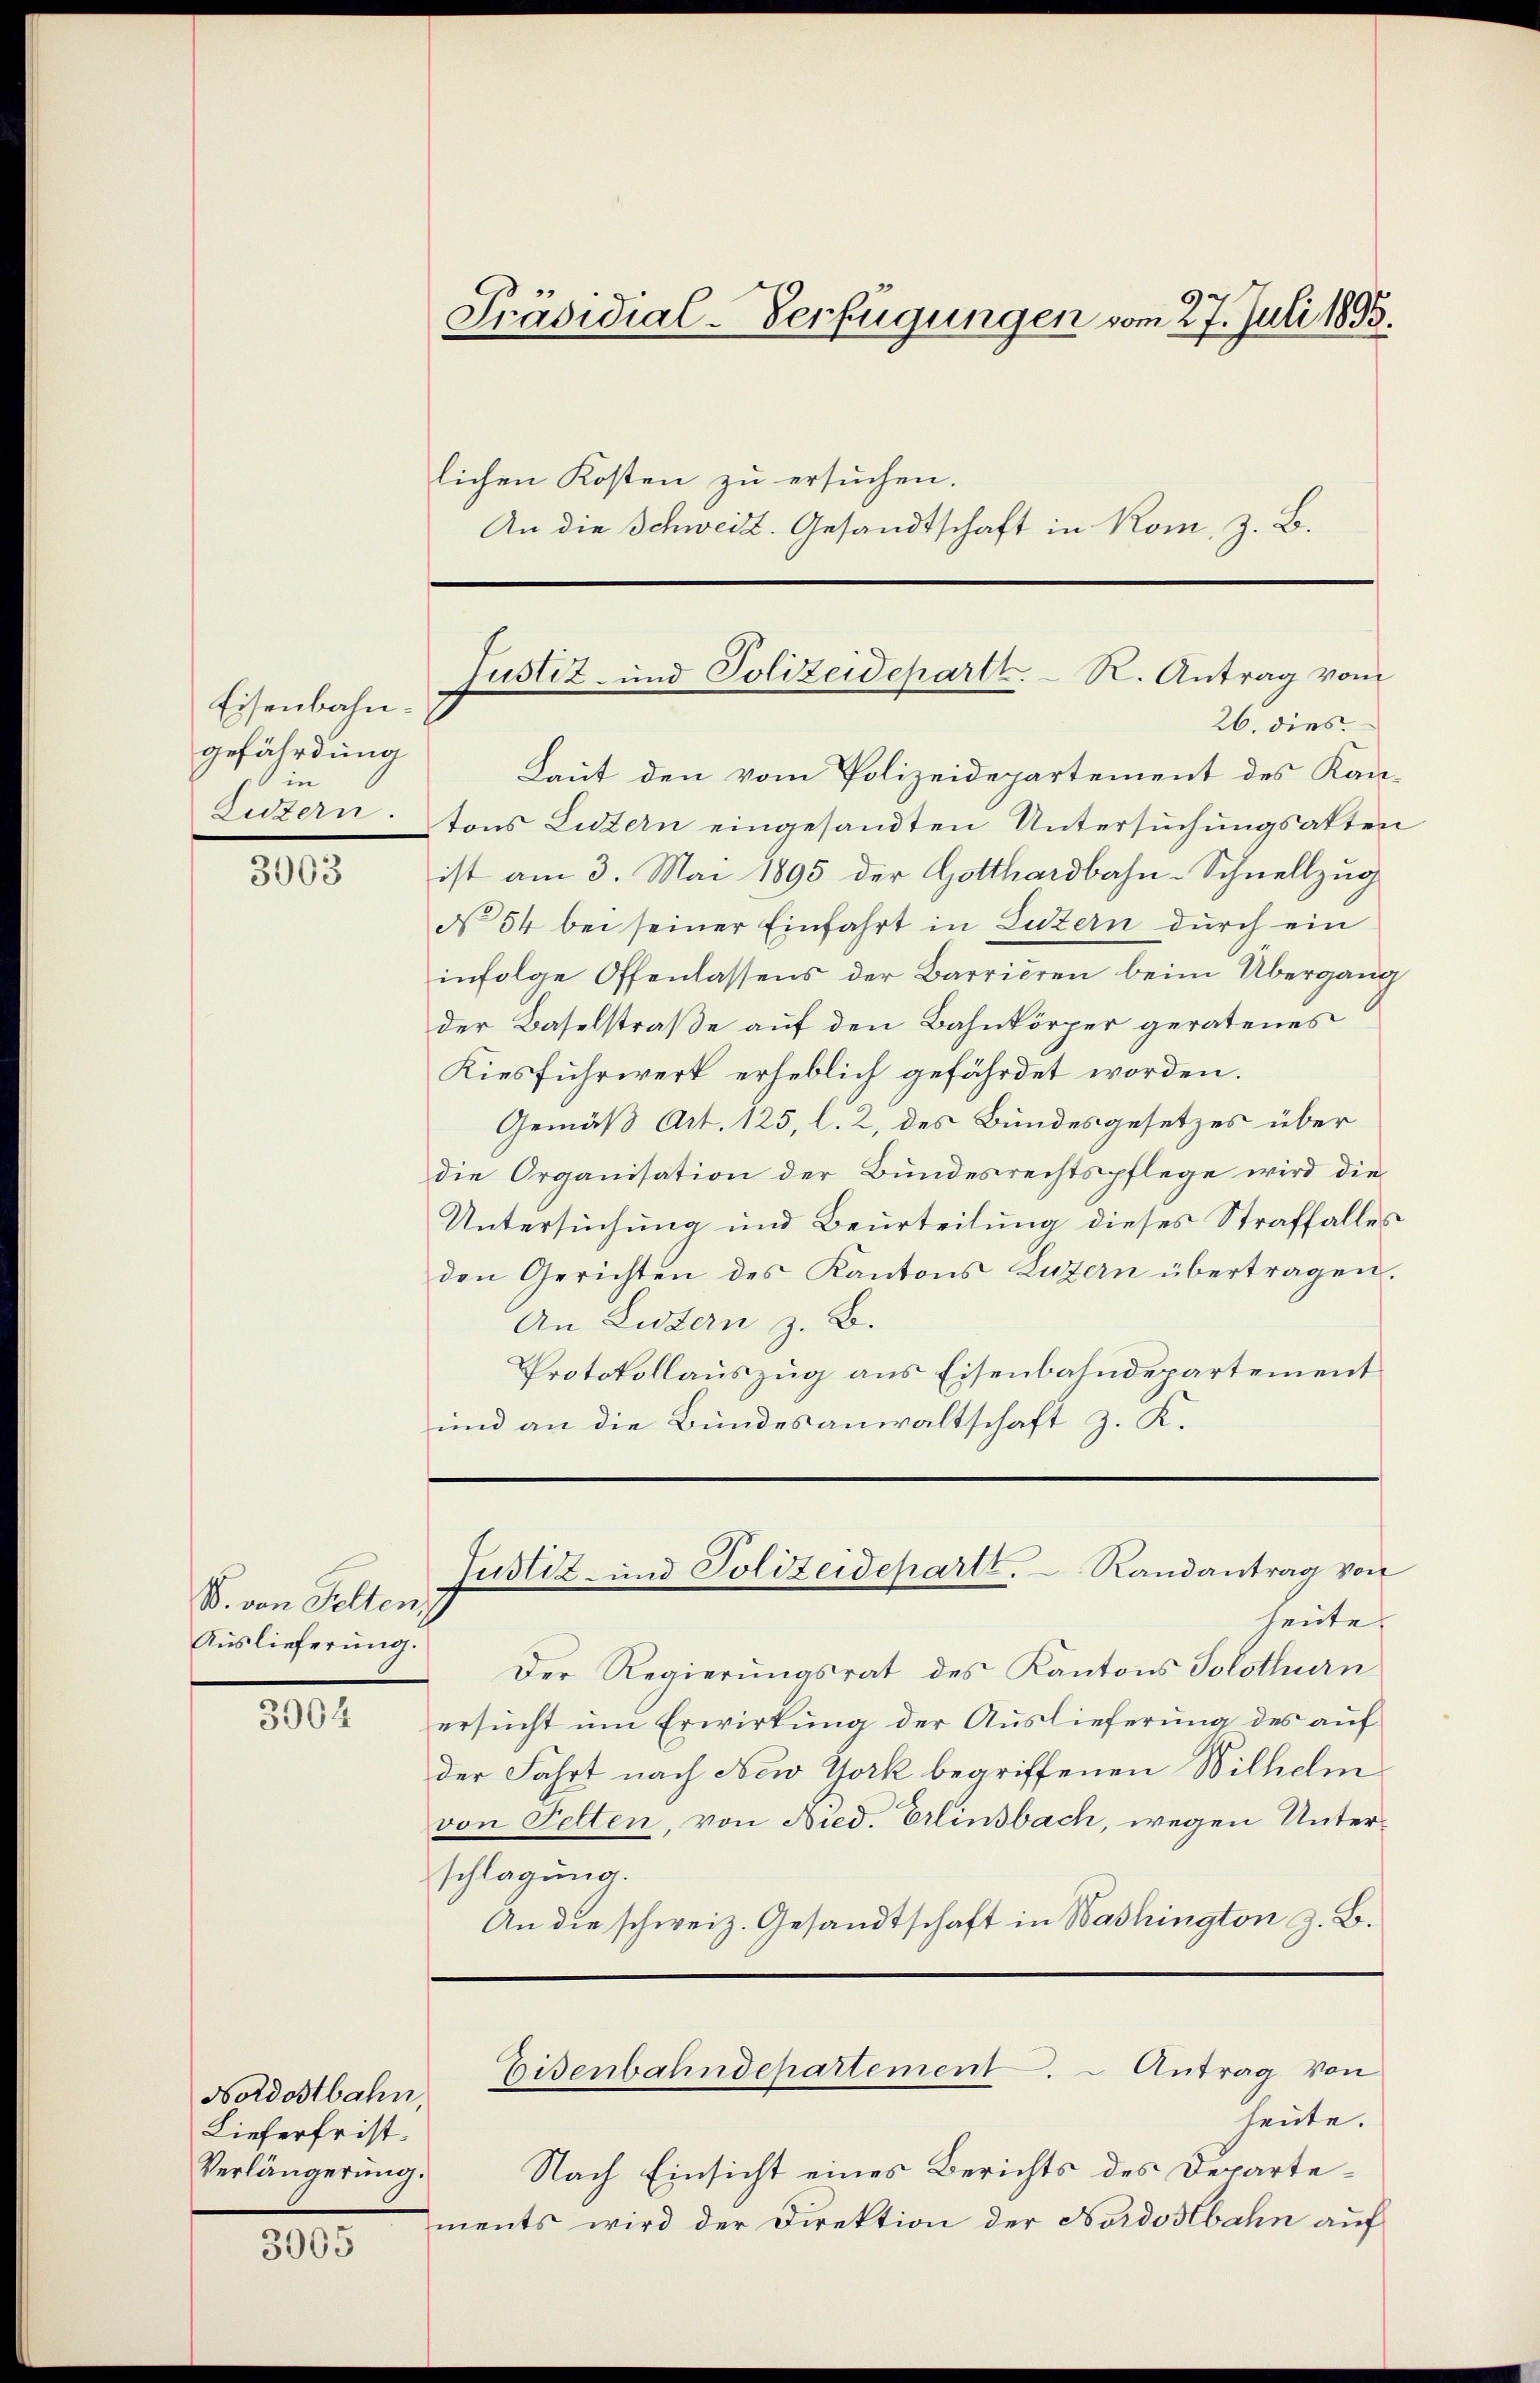
Eisenbahngefährdung
in
Luzern.

3063

B. von Selten,
Auslieferung.

3904

Nordostbahn,
Lieferfrist.
Verlängerung.

3065

Präsidial-Verfügungen vom 27. Juli 1893.
lichen Kosten zu ersuchen.
An die Schweiz. Gesandtschaft in Rom, z. B.

Laut den vom Polizeidepartement des Kantons Luzern eingesandten Untersuchungsakten
ist am 3. Mai 1895 der Gotthardbahn-Schnellzug
No 54 bei seiner Einfahrt in Luzern durch ein
infolge Offenlassens der Barrieren beim Übergang
der Baselstraße auf den Bahnkörper geratenes
Kiesfuhrwerk erheblich gefährdet worden.
Gemäß Art. 125, l. 2, des Bundesgesetzes über
die Organisation der Bundesrechtspflege wird die
Untersuchung und Beurteilung dieses Straffalles
den Gerichten des Kantons Luzern übertragen.
An Listern z. B.
Protokollauszug aus Eisenbahndepartement
und an die Bundesanwaltschaft z. K.

Justiz- und Polizeidepartt. R. Antrag vom
26. dies

Justiz- und Polizeidepartt.  Randantrag von

heute
Der Regierungsrat des Kantons Solothurn
ersucht um Erwirkung der Auslieferung des auf
der Fahrt nach New York begriffenen Wilhelm
von Petten, von Nied. Erlinsbach, wegen Unterschlagung.
An die schweiz. Gesandtschaft in Washington z. B.
Eisenbahndepartement. – Antrag von
heute.
Nach Einsicht eines Berichts des Departements wird der Direktion der Nordostbahn auf